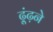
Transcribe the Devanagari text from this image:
ढ़ूंढ़ने